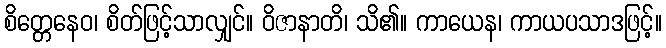
စိတ္တေနေဝ၊ စိတ်ဖြင့်သာလျှင်။ ဝိဇာနာတိ၊ သိ၏။ ကာယေန၊ ကာယပသာဒဖြင့်။